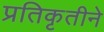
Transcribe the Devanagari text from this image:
प्रतिकृतीने